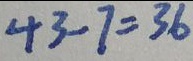
4 3 - 7 = 3 6